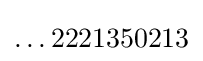
\ldots 2221350213